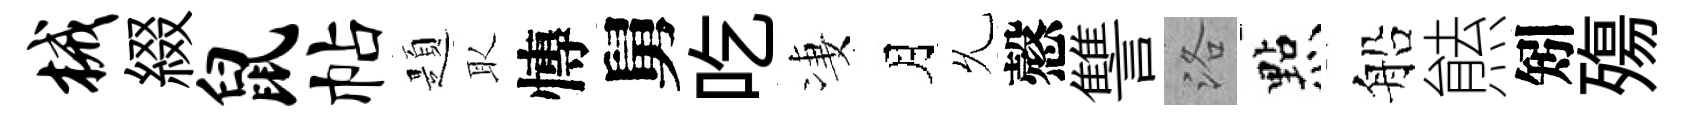
械綴鼠帖題取慱舅吃凄月𠃔慤讐洛㸃船㷱矧殤